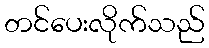
တင်ပေးလိုက်သည်